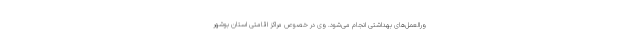
ورالعمل‌های بهداشتی انجام می‌شود. وی در خصوص مراکز اقامتی استان بوشهر